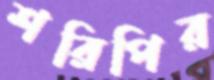
শরিপির